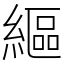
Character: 䌔